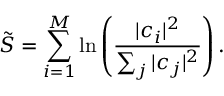
\Tilde { S } = \sum _ { i = 1 } ^ { M } \ln \left( \frac { | c _ { i } | ^ { 2 } } { \sum _ { j } | c _ { j } | ^ { 2 } } \right) .